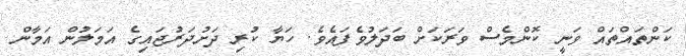
ކަންތައްތައް ވަނީ ކޮންމެސް ވަރަކަށް ބަދަލުވެފައެވެ. ހަޔާ ކުރި ދަށުދަރުޖައިގެ އަމަލުން އަމާން